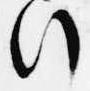
行